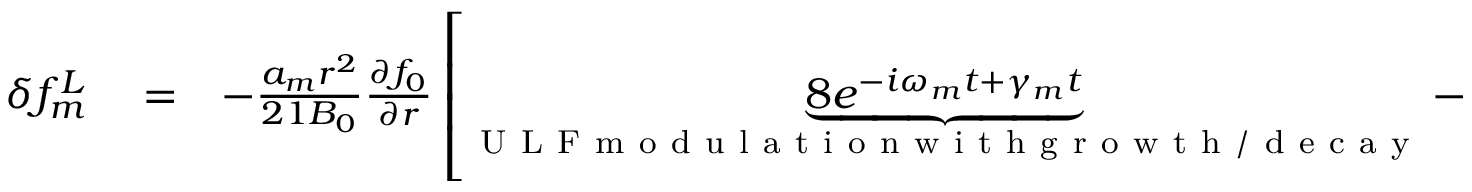
\begin{array} { r l r } { \delta f _ { m } ^ { L } } & { { } = } & { - \frac { a _ { m } r ^ { 2 } } { 2 1 B _ { 0 } } \frac { \partial f _ { 0 } } { \partial r } \left[ \underbrace { 8 e ^ { - i \omega _ { m } t + \gamma _ { m } t } } _ { \mathrm { ~ U ~ L ~ F ~ m ~ o ~ d ~ u ~ l ~ a ~ t ~ i ~ o ~ n ~ w ~ i ~ t ~ h ~ g ~ r ~ o ~ w ~ t ~ h ~ / ~ d ~ e ~ c ~ a ~ y ~ } } - \underbrace { { 8 } e ^ { - i m \Omega _ { d } t } } _ { \mathrm { ~ B ~ a ~ l ~ l ~ i ~ s ~ t ~ i ~ c ~ m ~ o ~ t ~ i ~ o ~ n ~ } } + \underbrace { 1 5 m \Omega _ { d } e ^ { - i m \Omega _ { d } t } \left( \frac { e ^ { i m \Omega _ { d } t - i \omega _ { m } t + \gamma _ { m } t } - 1 } { \omega _ { m } - m \Omega _ { d } + i \gamma _ { m } } \right) } _ { \mathrm { ~ W ~ a ~ v ~ e ~ - ~ p ~ a ~ r ~ t ~ i ~ c ~ l ~ e ~ d ~ r ~ i ~ f ~ t ~ - ~ r ~ e ~ s ~ o ~ n ~ a ~ n ~ c ~ e ~ } } \right] . } \end{array}